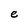
Character: e